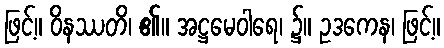
ဖြင့်။ ဝိနဿတိ၊ ၏။ အဋ္ဌမေဝါရေ၊ ၌။ ဥဒကေန၊ ဖြင့်။